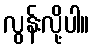
လွန်းလို့ပါ။